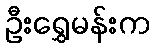
ဦးရွှေမန်းက